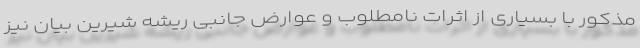
مذکور با بسیاری از اثرات نامطلوب و عوارض جانبی ریشه شیرین بیان نیز